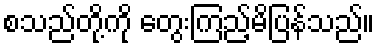
စသည်တို့ကို တွေးကြည့်မိပြန်သည်။